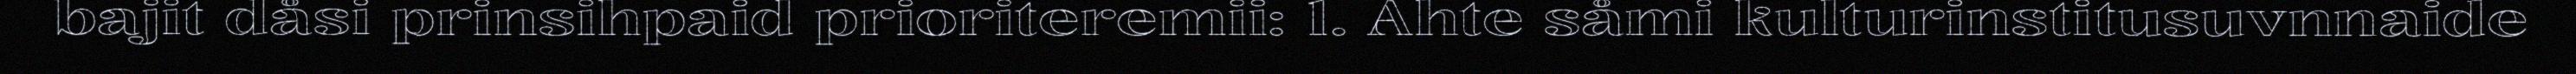
bajit dåsi prinsihpaid prioriteremii: 1. Ahte såmi kulturinstitusuvnnaide